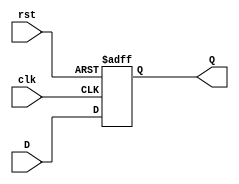
module stage_register #(
    parameter WIDTH = 8  // Parameter to define the width of the data
)(
    input wire clk,       // Clock signal
    input wire rst,       // Reset signal
    input wire [WIDTH-1:0] D, // Data input
    output reg [WIDTH-1:0] Q  // Data output
);

// Asynchronous Reset Implementation
always @(posedge clk or posedge rst) begin
    if (rst) begin
        Q <= {WIDTH{1'b0}}; // Reset output to 0
    end else begin
        Q <= D;             // Capture the input data on clock edge
    end
end

endmodule